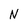
Character: N